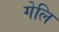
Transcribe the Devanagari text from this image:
गेलि